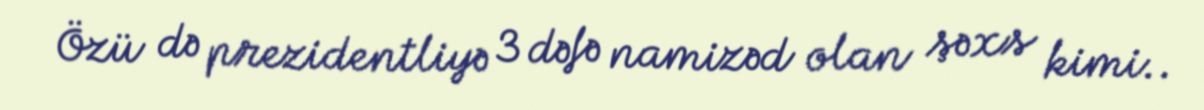
Özü də prezidentliyə 3 dəfə namizəd olan şəxs kimi..